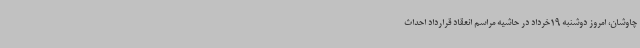
چاوشان، امروز دوشنبه 19خرداد در حاشیه مراسم انعقاد قرارداد احداث